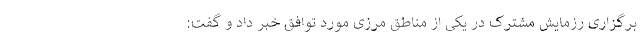
برگزاری رزمایش مشترک در یکی از مناطق مرزی مورد توافق خبر داد و گفت: